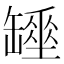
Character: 𦉖